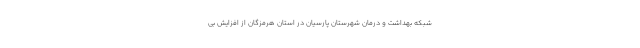
شبکه بهداشت و درمان شهرستان پارسیان در استان هرمزگان از افزایش بی